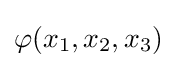
\varphi (x_{1},x_{2},x_{3})